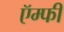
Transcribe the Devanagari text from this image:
ऍम्‍फी